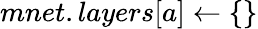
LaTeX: mnet.layers[a]\gets\{ \}